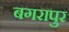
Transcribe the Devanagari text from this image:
बगरापुर